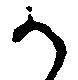
か